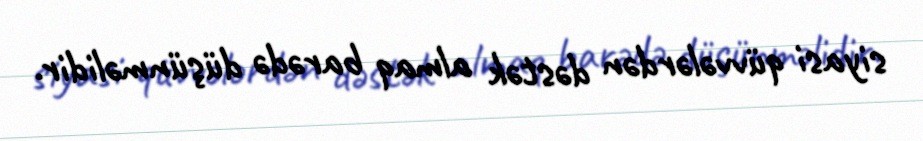
siyasi qüvvələrdən dəstək almaq barədə düşünməlidir.